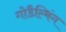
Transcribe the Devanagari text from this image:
गोडैल्मिंग